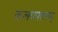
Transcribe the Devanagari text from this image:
कलयपत्तनम्